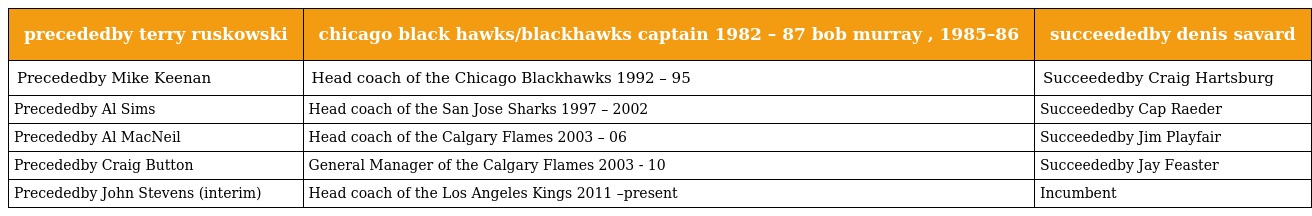
| precededby terry ruskowski | chicago black hawks/blackhawks captain 1982 – 87 bob murray , 1985–86 | succeededby denis savard |
 | --- | --- | --- |
 | Precededby Mike Keenan | Head coach of the Chicago Blackhawks 1992 – 95 | Succeededby Craig Hartsburg |
 | Precededby Al Sims | Head coach of the San Jose Sharks 1997 – 2002 | Succeededby Cap Raeder |
 | Precededby Al MacNeil | Head coach of the Calgary Flames 2003 – 06 | Succeededby Jim Playfair |
 | Precededby Craig Button | General Manager of the Calgary Flames 2003 - 10 | Succeededby Jay Feaster |
 | Precededby John Stevens (interim) | Head coach of the Los Angeles Kings 2011 –present | Incumbent |